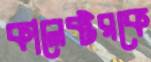
কালেক্টরকে